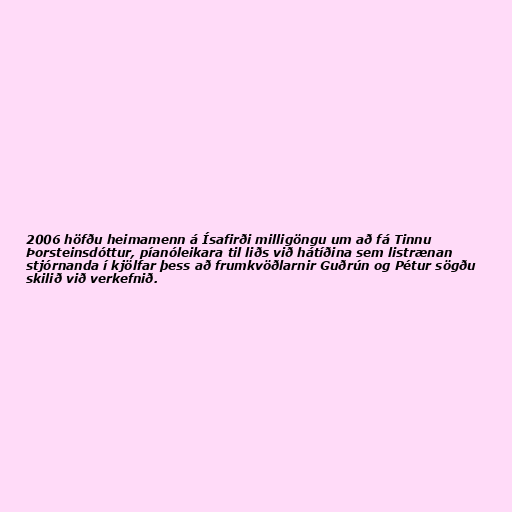
2006 höfðu heimamenn á Ísafirði milligöngu um að fá Tinnu
Þorsteinsdóttur, píanóleikara til liðs við hátíðina sem listrænan
stjórnanda í kjölfar þess að frumkvöðlarnir Guðrún og Pétur sögðu
skilið við verkefnið.